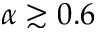
\alpha \gtrsim 0 . 6